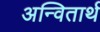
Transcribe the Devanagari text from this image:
अन्वितार्थ